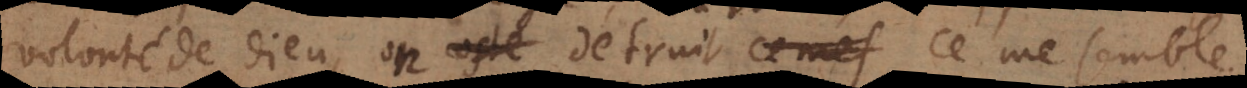
volonté de Dieu, on détruit, ce me semble,